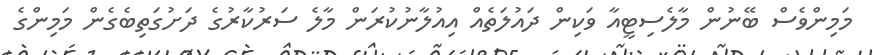
މަމިންވެސް ބޭނުން މާލެސިޓީއާ ވަކިން ދައުލަތެއް އިއުލާނުކުރަން މާލެ ސަރުކާރުގެ ދަށުގަތިބެގެން މަމިންގެ